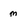
Character: m